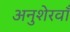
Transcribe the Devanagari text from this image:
अनुशेरवाँ